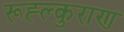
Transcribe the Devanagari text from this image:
रूह्ल्कुराण